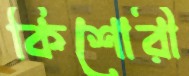
কিশোরী